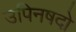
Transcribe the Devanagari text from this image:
उपिनषदो